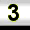
Digit: 3